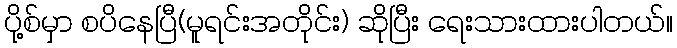
ပို့စ်မှာ စပိနေပြီ(မူရင်းအတိုင်း) ဆိုပြီး ရေးသားထားပါတယ်။